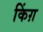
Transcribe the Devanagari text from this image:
किंग़